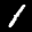
Label: 1